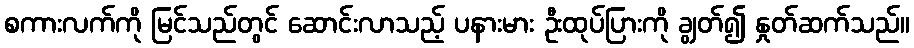
စကားလက်ကို မြင်သည်တွင် ဆောင်းလာသည့် ပနားမား ဦးထုပ်ပြားကို ချွတ်၍ နှုတ်ဆက်သည်။